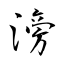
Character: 滂